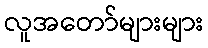
လူအတော်များများ